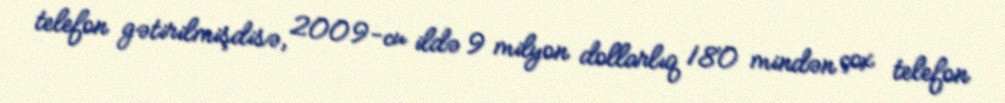
telefon gətirilmişdisə, 2009-cu ildə 9 milyon dollarlıq 180 mindən çox telefon